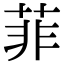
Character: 菲